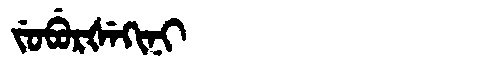
Manchu: ᠵᡠᠪᡠᡵᡧᡝᡴᡳᠨᡳ
Romanization: JUBURŠEKINI